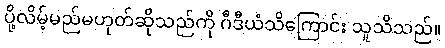
ပို့လိမ့်မည်မဟုတ်ဆိုသည်ကို ဂီဒီယံသိကြောင်း သူသိသည်။